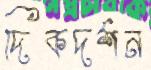
দিকদর্শন